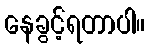
နေခွင့်ရတာပါ။